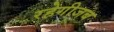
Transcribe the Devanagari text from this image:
रहेगीजब